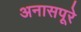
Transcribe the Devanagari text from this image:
अनासपूरे